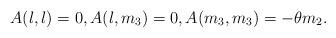
LaTeX: \begin{align*}A(l,l)=0,A(l,m_3)=0,A(m_3,m_3)=-\theta m_2.\end{align*}